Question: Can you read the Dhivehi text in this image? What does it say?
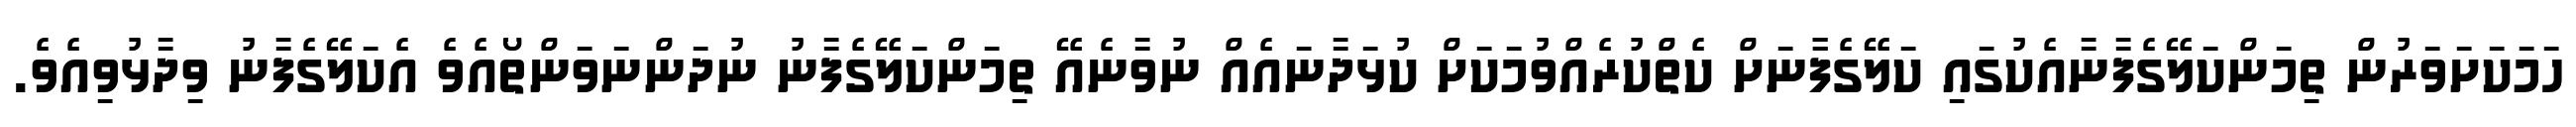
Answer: ހަމަކަށަވަރުން ތިމަންކަލޭގެފާނާއެކުގައި ކަލޭގެފާާނަށް ކެތްކުރެއްވުމަކަށް ކުޅަދާނައެއް ނުވާނެއޭ ތިމަންކަލޭގެފާނު ނުދަންނަވަންތޯއެވެ އެކަލޭގެފާނު ވިދާޅުވިއެވެ.